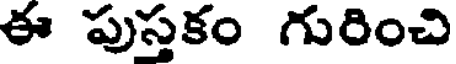
ఈ పుస్తకం గురించి